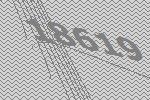
18619